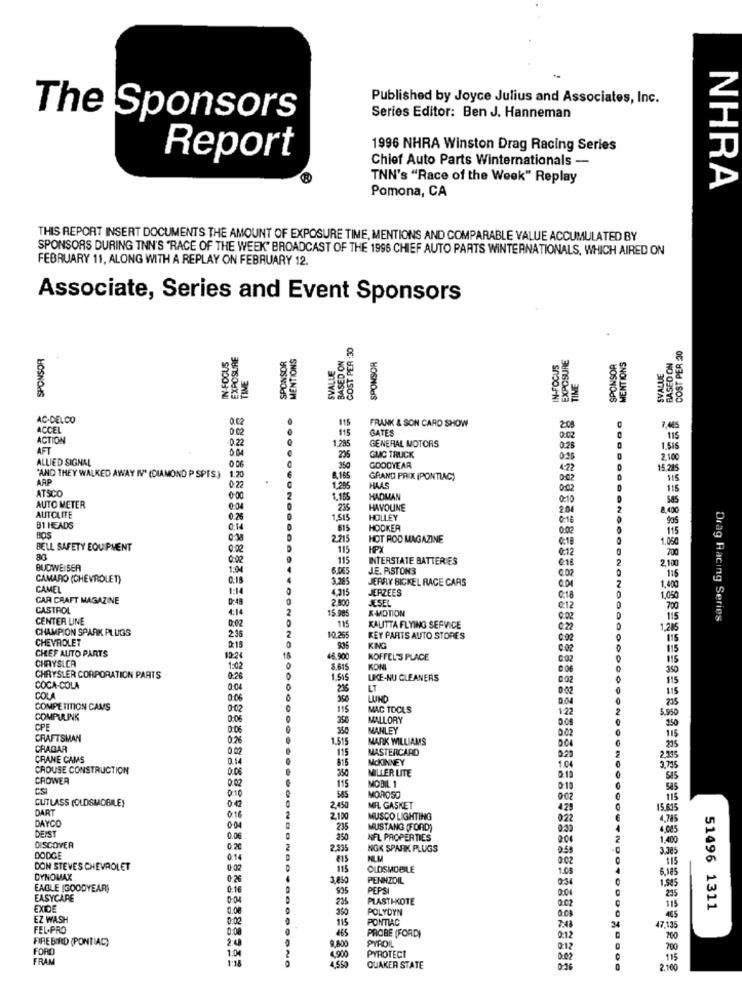
Published by Joyce Julius and Associates, Inc.
The Sponsors
Series Editor: Ben J. Hanneman
1996 NHRA Winston Drag Racing Series
Report
Chief Auto Parts Winternationals -
TNN's "Race of the Week" Replay
Pomona, CA
NHRA
THIS REPORT INSERT DOCUMENTS THE AMOUNT OF EXPOSURE TIME, MENTIONS AND COMPARABLE VALUE ACCUMULATED BY
SPONSORS DURING INN'S "RACE OF THE WEEK" BROADCAST OF THE 1996 CHIEF AUTO PARTS WINTERNATIONALS, WHICH AIRED ON
FEBRUARY 11, ALONG WITH A REPLAY ON FEBRUARY 12.
Associate, Series and Event Sponsors
COST PER :30
SPONSOR
EXPOSURE
SPONSOR
MENTIONS
BASED ON
BASED ON
COST PER :30
IN-FOCUS
SVALLE
SPONSOR
IN-FOCUS
EXPOSURE
SPONSOR
MENTIONS
TIME
SVALUE
TIME
AC-DELCO
0.02
115
ACCEL
0.02
115
FRANK & SON CARD SHOW
GATES
208
7,405
ACTION
-0.22
1,285
GENERAL MOTORS
0:02
115
AFT
0 04
0:28
1.519
ALLIED SIGNAL
0.06
235
GMC TRUCK
0.25
2.10
350
GOODYEAR
4.22
15.225
'AND THEY WALKED AWAY IV' (DIAMOND P SPIS)
ARP
1:20
GRAND PRIX (PONTIAC)
0:02
115
ATSCO
0 22
1,20%
HLAS
0,02
115
AUTO METER
0:00
HADMAN
0:10
Sas
0:04
235
HAVOUNE
201
AUTOLITE
0:26
1.515
HOLLEY
0:16
935
B1 HEADS
0:14
615
HOOKER
0.02
115
BOS
0:38
2215
HOT ROD MAGAZINE
0:18
1.080
BELL SAFETY EQUIPMENT
0:02
115
HPX
0:12
70
0:02
115
INTERSTATE BATTERIES
2.10
BUDWEISER
1:04
6.DE5
J.E. PISTONS
1:5
CAMARO (CHEVROLET)
0.15
3.285
JERRY BICKEL RACE CARS
1,400
CAMEL
1:14
4.315
JERZEES
CAR CRAFT MAGAZINE
2 800
JESEL
@:18
1,050
CASTROL
4:14
15.985
X-MOTION
C:12
700
CENTER LINE
0:02
115
0:02
115
Drag Racing Series
CHAMPION SPARK PLUGS
216
KAUITTA FLYING SEFVICE
0:22
1,285
CHEVROLET
10.265
KEY PARTS AUTO STORES
0:02
115
CHEF AUTO PARTS
0:15
KING
0:02
115
CHRYSLCA
48.900
KOFFEL'S PLACE
0:02
1:02
3.615
KON
350
CHRYSLER CORPORATION PARTS
0:26
1.515
UKE-NU CLEANERS
002
115
COCA-COLA
0:04
LT
0:02
115
COLA
0:06
350
LUND
235
COMPETITION CAMS
0-02
115
MAC TOOLS
122
5.950
COMPULINK
0:06
250
MALLORY
CPE
0:06
MANLEY
0.02
CRAFTSMAN
026
1.515
MARK WILLIAMS
115
235
CRAGAR
0.02
115
MASTERCARD
CRANE CAMS
0.14
0
815
MCKINNEY
2,335
CROUSE CONSTRUCTION
0:06
MILLER LITE
1.04
2.795
CADWER
0:02
MOBIL 1
0:19
0:10
115
0:10
585
CUTLASS (OLDSMOBILE)
0.42
MOROSO
9:02
115
DART
016
2.450
MIL GASKET
429
15.635
DAYCO
2.120
MUSCO LIGHTING
022
4,785
DEIST
0:04
235
MUSTANG (FORD)
9.30
4.003
0.00
NFL PROPERTIES
2.04
1.400
DISCOVER
0:20
2.935
NGK SPARK PLUGS
0.58
3.J85
DODGE
0:14
$15
NLM
115
DON STEVES CHEVROLET
0:03
115
OLDSMOBILE
1.08
6.185
DYNOWAX
3,850
PENNZOIL
0:34
EAGLE (GOODYEAR)
0:16
$35
PEPSI
2.04
235
EASYCARE
0-04
235
PLASTI-KOTE
0:02
115
EXIDE
0.00
350
POLYDYN
51496 1311
EZ WASH
0:02
115
PONTIAC
465
FEL.PRO
0:08
465
PROBE (FORD)
7:48
34
47.135
FIRE BIRD (PONTIAC)
20
9,800
PYROL
0:12
700
FORD
1.00
0:12
700
FRAM
1:18
4,900
PYROTECT
0.02
115
QUAKER STATE
0-36
2.100